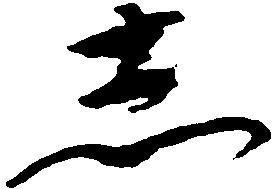
し